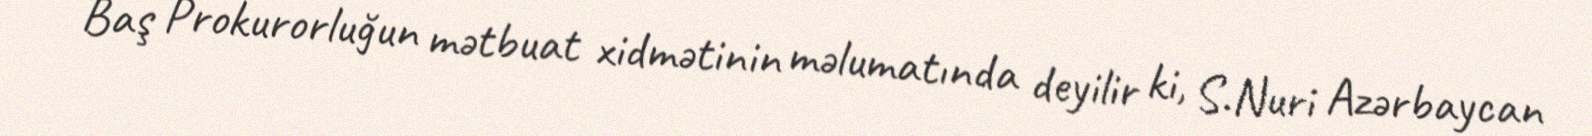
Baş Prokurorluğun mətbuat xidmətinin məlumatında deyilir ki, S.Nuri Azərbaycan